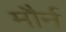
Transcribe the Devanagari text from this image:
मौर्न